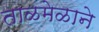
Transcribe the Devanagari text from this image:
ताळमेळाने